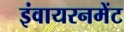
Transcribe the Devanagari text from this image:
इंवायरनमेंट